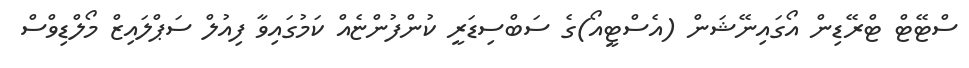
ސްޓޭޓް ޓްރޭޑިން އޯގައިނޭޝަން (އެސްޓީއޯ)ގެ ސަބްސިޑަރީ ކުންފުންޏެއް ކަމުގައިވާ ފިއުލް ސަޕްލައިޒް މޯލްޑިވްސް